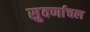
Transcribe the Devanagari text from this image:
सुवर्णाचल